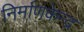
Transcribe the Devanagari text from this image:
निर्माणकेन्द्र